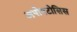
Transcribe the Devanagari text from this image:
अपोपटोसिस